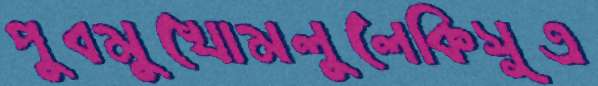
পুবমুখোমলুলেকিসূত্র